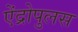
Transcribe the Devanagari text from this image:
ऐंद्रोपुलस